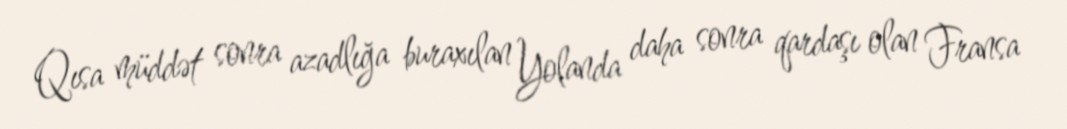
Qısa müddət sonra azadlığa buraxılan Yolanda daha sonra qardaşı olan Fransa